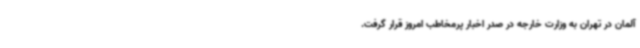
آلمان در تهران به وزارت خارجه در صدر اخبار پرمخاطب امروز قرار گرفت.